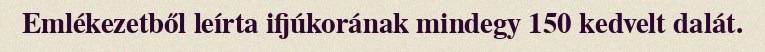
Emlékezetből leírta ifjúkorának mindegy 150 kedvelt dalát.